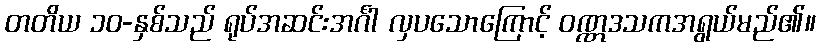
တတိယ ၁၀-နှစ်သည် ရုပ်အဆင်းအင်္ဂါ လှပသောကြောင့် ဝဏ္ဏဒသကအရွယ်မည်၏။